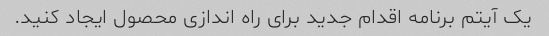
یک آیتم برنامه اقدام جدید برای راه اندازی محصول ایجاد کنید.